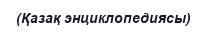
(Қазақ энциклопедиясы)